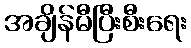
အချိန်မီပြီးစီးရေး